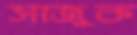
সাজুক